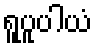
ရူပူပါယံ